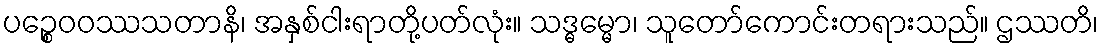
ပဉ္စေဝဝဿသတာနိ၊ အနှစ်ငါးရာတို့ပတ်လုံး။ သဒ္ဓမ္မော၊ သူတော်ကောင်းတရားသည်။ ဌဿတိ၊